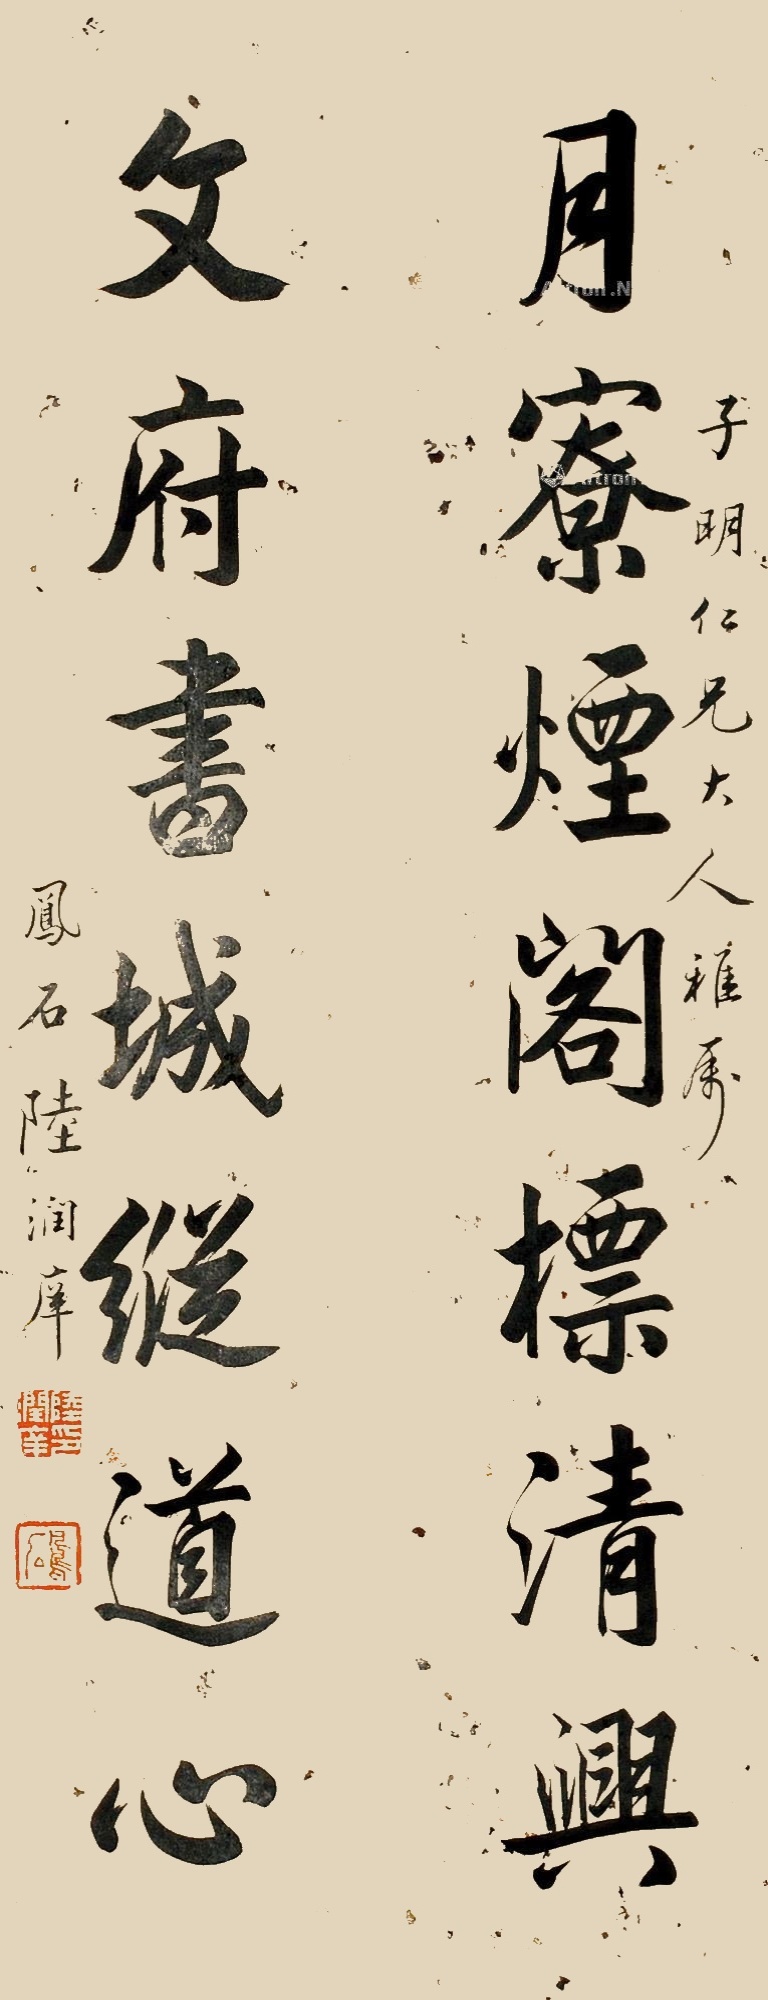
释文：月寮烟阁标清兴，文府书城纵道心。子明仁兄大人雅属。凤石陆润庠。